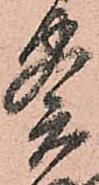
察